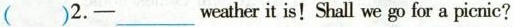
( )2.___weaher it is! Shall we go for a picnic?